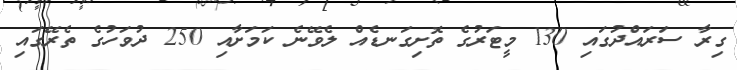
ގިރާ ސަރައްދުގައި 130 މީޓަރުގެ ތޮށިގަނޑެއް ލެވޭނެ ކަމަށާއި 250 ދުވަހުގެ ތެރޭގައި